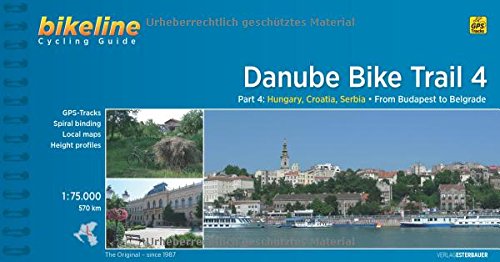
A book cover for Danube Bike Trail 4 Cycling Guide Budapest to Belgrade 2015: Bike.HU.13.E; Travel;